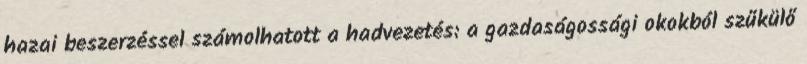
hazai beszerzéssel számolhatott a hadvezetés: a gazdaságossági okokból szűkülő